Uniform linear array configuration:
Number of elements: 4
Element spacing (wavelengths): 0.75
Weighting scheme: binomial
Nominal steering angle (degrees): -15
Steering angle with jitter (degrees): -13.356
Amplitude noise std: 0.05
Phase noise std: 0.05

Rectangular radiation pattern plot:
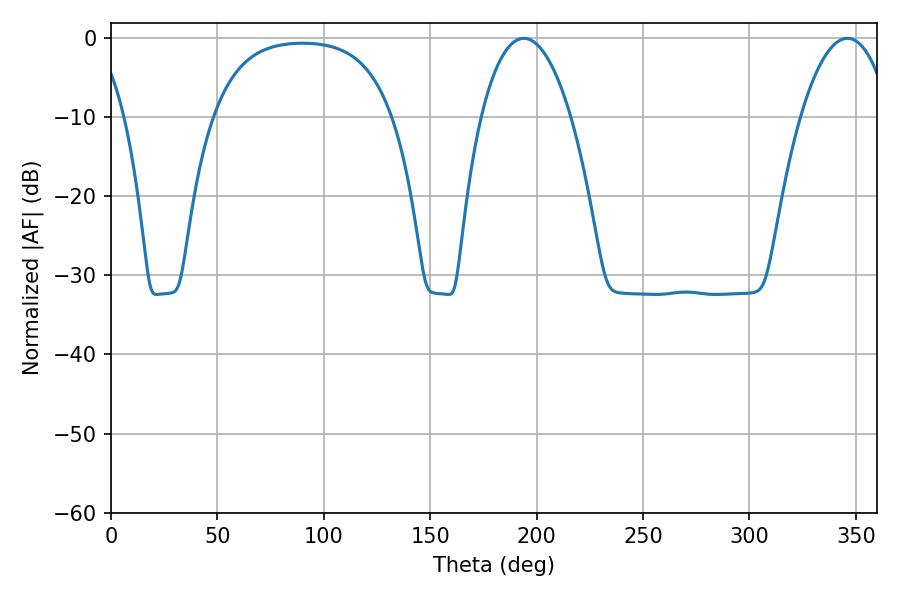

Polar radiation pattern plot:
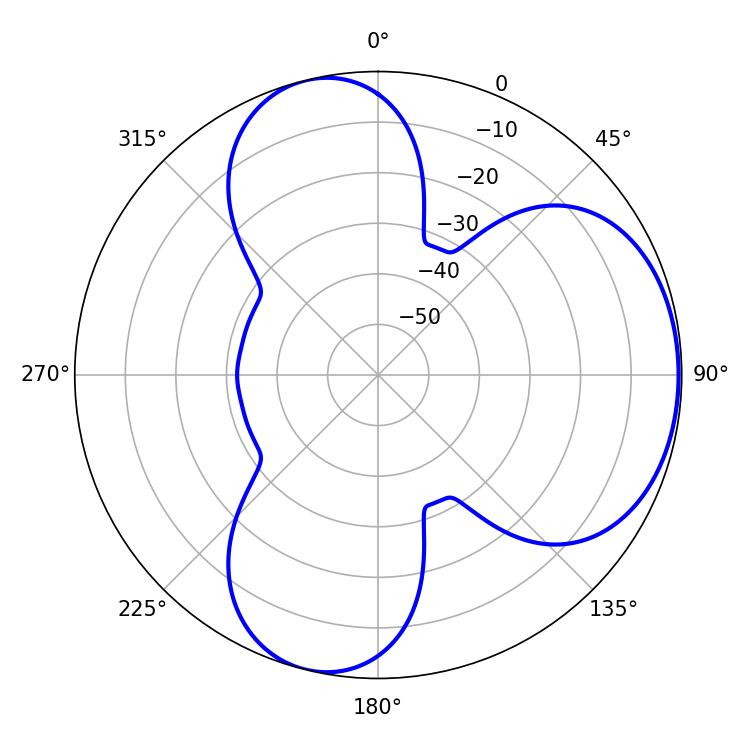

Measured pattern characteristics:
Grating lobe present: TRUE
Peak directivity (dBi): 5.227
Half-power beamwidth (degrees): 23.58
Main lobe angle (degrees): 194.04